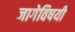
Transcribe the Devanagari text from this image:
जागेविषयी